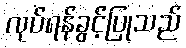
လုပ်ရန်ခွင့်ပြုသည်